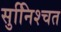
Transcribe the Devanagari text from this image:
सुनििश्चत